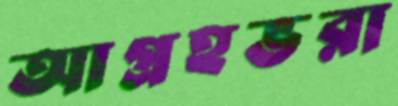
আগ্রহভরা